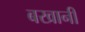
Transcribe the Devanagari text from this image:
बखानी